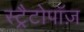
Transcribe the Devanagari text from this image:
स्ट्रैटोपॉज़